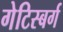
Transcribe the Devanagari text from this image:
गेटिस्बर्ग